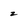
Character: 2